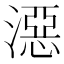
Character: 𣽏